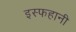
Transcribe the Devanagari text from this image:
इस्फहानी